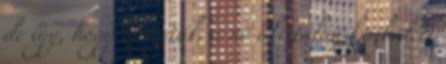
de így, hogy kirúgták, a nő aki talán kémkedett